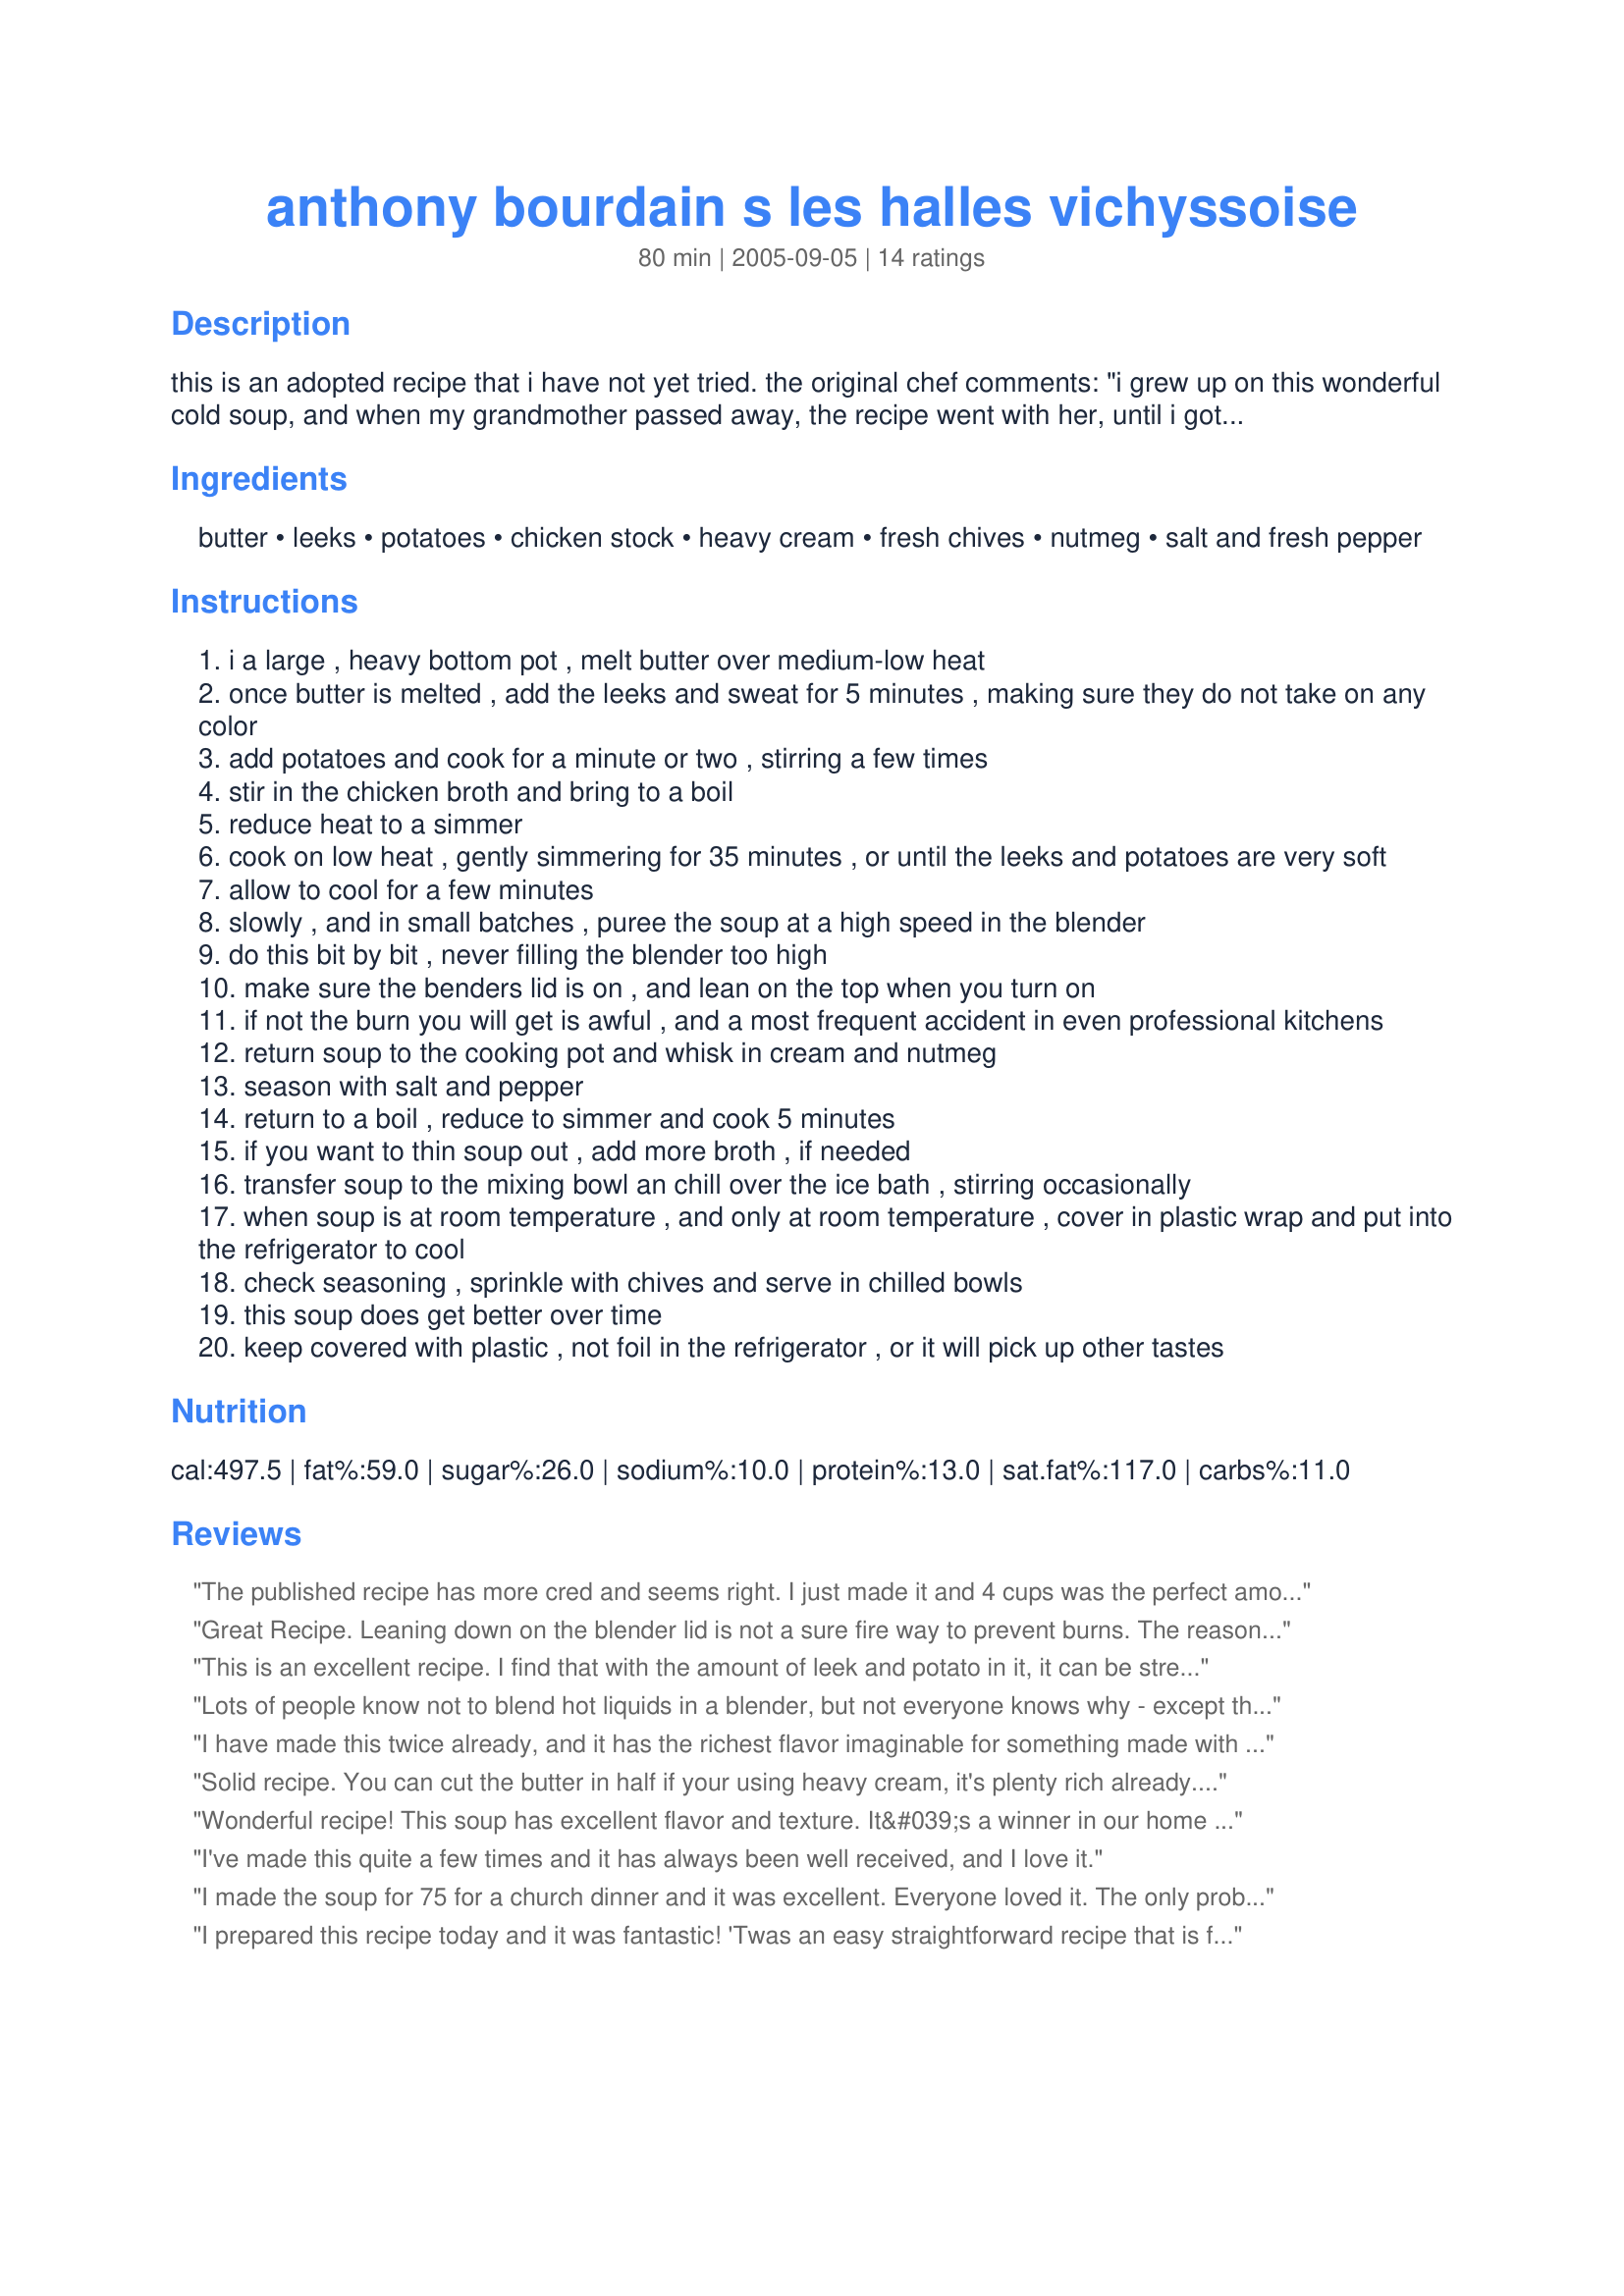
anthony bourdain s les halles vichyssoise
Preparation time: 80 minutes

this is an adopted recipe that i have not yet tried. the original chef comments: "i grew up on this wonderful cold soup, and when my grandmother passed away, the recipe went with her, until i got anthony bourdain's wonderful cookbook, "anthony bourdain's les halles cookbook". this is so close to the vichyssoise i loved, and you will too!"

Ingredients:
butter, leeks, potatoes, chicken stock, heavy cream, fresh chives, nutmeg, salt and fresh pepper

Steps:
i a large , heavy bottom pot , melt butter over medium-low heat
once butter is melted , add the leeks and sweat for 5 minutes , making sure they do not take on any color
add potatoes and cook for a minute or two , stirring a few times
stir in the chicken broth and bring to a boil
reduce heat to a simmer
cook on low heat , gently simmering for 35 minutes , or until the leeks and potatoes are very soft
allow to cool for a few minutes
slowly , and in small batches , puree the soup at a high speed in the blender
do this bit by bit , never filling the blender too high
make sure the benders lid is on , and lean on the top when you turn on
if not the burn you will get is awful , and a most frequent accident in even professional kitchens
return soup to the cooking pot and whisk in cream and nutmeg
season with salt and pepper
return to a boil , reduce to simmer and cook 5 minutes
if you want to thin soup out , add more broth , if needed
transfer soup to the mixing bowl an chill over the ice bath , stirring occasionally
when soup is at room temperature , and only at room temperature , cover in plastic wrap and put into the refrigerator to cool
check seasoning , sprinkle with chives and serve in chilled bowls
this soup does get better over time
keep covered with plastic , not foil in the refrigerator , or it will pick up other tastes

Reviews:
The published recipe has more cred and seems right. I just made it and 4 cups was the perfect amount.
Great Recipe. Leaning down on the blender lid is not a sure fire way to prevent burns. The reason why it spurts up is because the hot soup atomizes and turns very quickly into steam, spiking the pressure. The best way deal with this is to take the center &#039;hole&#039; part out of the blender lid, so pressure can flow out, loosely bunch up a clean kitchen towel, and hold that over the hole. Make sure it goes all the way around the hole so no soup can come out, but make sure it is on there loosely enough to not cork in the pressure.
This is an excellent recipe. I find that with the amount of leek and potato in it, it can be stretched a bit with more stock and cream (it's pretty darn thick otherwise). I let it cool to lukewarm and then put it into my Vitamix blender before adding the cream. Silky smooth and delicious. Thanks!
Lots of people know not to blend hot liquids in a blender, but not everyone knows why - except that you'll burn the hell out of yourself. The reason is that the blender blends everything inside of it together so hard, so fast, and so thoroughly that if you're starting with anything liquid, it almost instantly gets turned into sort of a foam, as all the air and all of the liquid in the container become one over the space of about a half of a second. The thing is, not only does all of that air get mixed in with the liquid -- over the course of that same half second it takes for that to happen, every bit of that air also becomes EXACTLY THE SAME TEMPERATURE as the liquid. In the case of hot vichyssoise, that's often around 200 degrees. The rest is simple chemistry: Because air that hot takes up more space than air at room temperature, the second you turn the blender on, your two cups of steaming vichysoisse stay the same, but the 3 cups of air in your blender instantly turn into about 3 3/4 cups -- easily enough to instantly blow the blender's lid off -- and, in this case, blast scalding vichyssoise all over you and your kitchen. Most everyone who has this experience only does it once. For those who learned the lesson making something that sticks to the skin as well as 200 degree Vichysoisse (as did I), they NEVER make the mistake a second time. And they become eager to help others avoid it.
I have made this twice already, and it has the richest flavor imaginable for something made with simple ingredients. There are never any leftovers!
Solid recipe. You can cut the butter in half if your using heavy cream, it's plenty rich already. Benefits a lot from homemade chicken stock, would have been a bit bland with store bought.
Wonderful recipe! This soup has excellent flavor and texture. It&#039;s a winner in our home with adults and children alike!
I've made this quite a few times and it has always been well received, and I love it.
I made the soup for 75 for a church dinner and it was excellent. Everyone loved it. The only problem I have is that I wish the recipe was written with specific volume or weight than numbers of potatoes and leeks. I'm making it again right now and the portions and therefore the taste is going to vary. I hope it is as good as the last time!
I prepared this recipe today and it was fantastic! 'Twas an easy straightforward recipe that is full of flavor. I had it with a salmon and asparagus dinner. In the winter this would be great warm and with the potatoes slightly chunky!
I didn't know it was possible for me to love Tony Bourdain more than I did before...

Excellent.
I made this with half and half instead of heavy cream for the obvious reason and it was simply supurb! I also appreciated the advice about the blender as I experienced this &quot;mishap&quot; with another soup. I added white pepper as I love the flavor but no other changes. This will be a stadard, especially when the chives pop up in my garden in the spring. Fantastic!
I'm very confused. The original recipe found in Anthony Bourdain's Les Halles Cookbook calls for 4 cups of chicken stock while the other ingredients and the directions are the same. So, which one is the correct amount for the chicken stock?
You can use a hand held blender. No need for a blender or the mess of cleaning it up. I blend it in the pot. Let it cool for a few mins before blending. Works great gets very smooth and creamy. I do the blending then add the cream. Stir till smooth. Love this soup, I've been making it for over 30 years. My whole family request this all the time. With a good sandwich it's a complete meal. Rubens or Philly cheese steak sandwich go very well with it. Really any hardy sandwich is good or a Quiche goes well with this. Add a salad if u like them. u will walk away full that's for sure.
